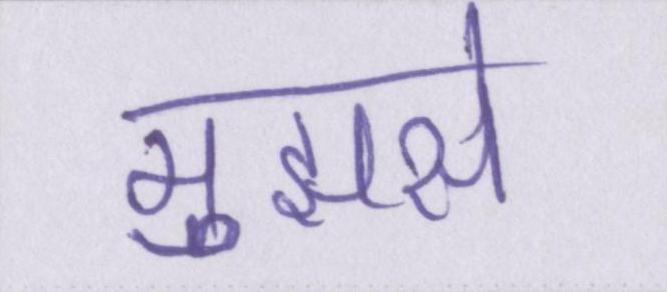
मुझसे